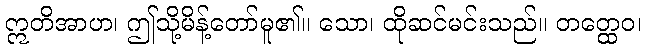
ဣတိအာဟ၊ ဤသို့မိန့်တော်မူ၏။ သော၊ ထိုဆင်မင်းသည်။ တတ္ထေဝ၊